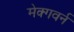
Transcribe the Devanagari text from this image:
मेक्गवर्न